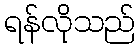
ရန်လိုသည်